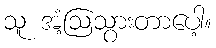
သူ အံ့ဩသွားတာပေါ့။